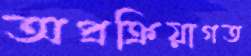
অপ্রক্রিয়াগত